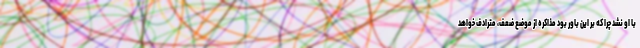
با او نشد چرا که بر این باور بود مذاکره از موضع ضعف، مترادف خواهد